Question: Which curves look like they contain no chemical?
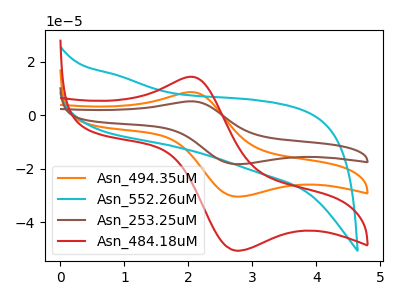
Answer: <think>The orange curve "Asn_494.35uM" has an anodic peak at (2.05V, 8.65uA) and a cathodic peak at (2.75V, -30.40uA). The cyan curve "Asn_552.26uM" has no peaks. The brown curve "Asn_253.25uM" has an anodic peak at (2.05V, 17.25uA) and a cathodic peak at (2.75V, -60.80uA). The red curve "Asn_484.18uM" has an anodic peak at (2.05V, 14.35uA) and a cathodic peak at (2.75V, -50.60uA).</think>
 <answer>"Asn_552.26uM" is likely to be a blank.</answer>
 <eval>Asn_552.26uM</eval>